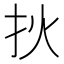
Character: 𤆎